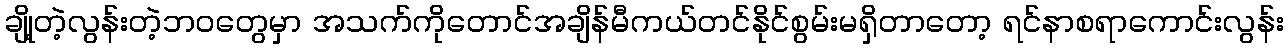
ချို့တဲ့လွန်းတဲ့ဘဝတွေမှာ အသက်ကိုတောင်အချိန်မီကယ်တင်နိုင်စွမ်းမရှိတာတော့ ရင်နာစရာကောင်းလွန်း